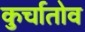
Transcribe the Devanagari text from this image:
कुर्चातोव